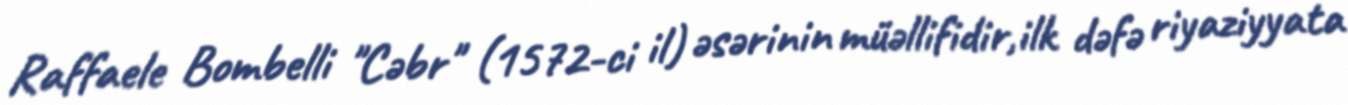
Raffaele Bombelli "Cəbr" (1572-ci il) əsərinin müəllifidir,ilk dəfə riyaziyyata